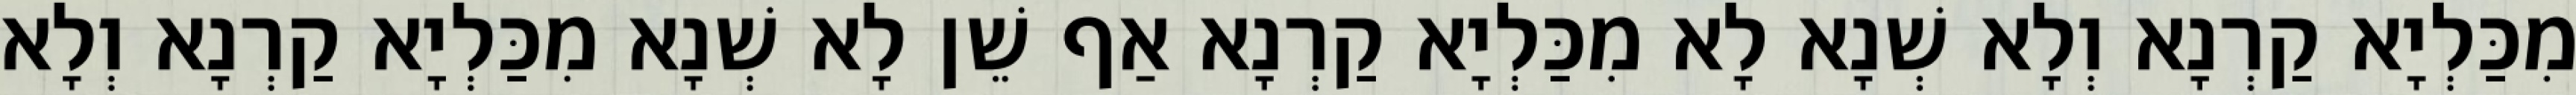
מִכַּלְיָא קַרְנָא וְלָא שְׁנָא לָא מִכַּלְיָא קַרְנָא אַף שֵׁן לָא שְׁנָא מִכַּלְיָא קַרְנָא וְלָא